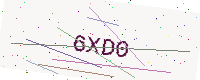
Text: 6XD0